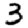
Digit: 3